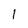
Character: 1